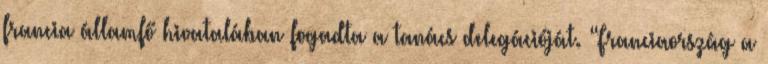
francia államfő hivatalában fogadta a tanács delegációját. “Franciaország a